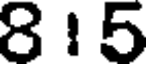
815